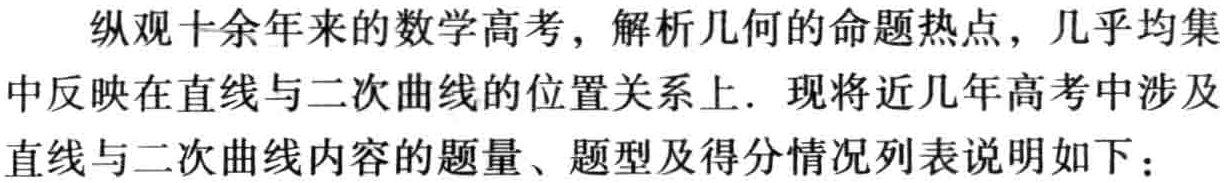
纵观十余年来的数学高考，解析几何的命题热点，几乎均集

中反映在直线与二次曲线的位置关系上．现将近几年高考中涉及

直线与二次曲线内容的题量、题型及得分情况列表说明如下：